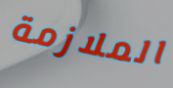
الملازمة